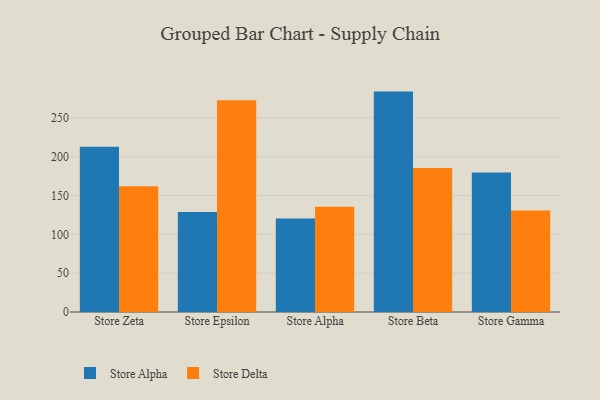
{"axis": {"x": "Store", "y": "Operating Costs (USD K)"}, "legend": ["Store Alpha", "Store Delta"], "data": [{"x": "Store Zeta", "y": 212.9, "type": "Store Alpha"}, {"x": "Store Zeta", "y": 162.0, "type": "Store Delta"}, {"x": "Store Epsilon", "y": 128.9, "type": "Store Alpha"}, {"x": "Store Epsilon", "y": 272.9, "type": "Store Delta"}, {"x": "Store Alpha", "y": 120.3, "type": "Store Alpha"}, {"x": "Store Alpha", "y": 135.6, "type": "Store Delta"}, {"x": "Store Beta", "y": 283.9, "type": "Store Alpha"}, {"x": "Store Beta", "y": 185.4, "type": "Store Delta"}, {"x": "Store Gamma", "y": 179.6, "type": "Store Alpha"}, {"x": "Store Gamma", "y": 130.8, "type": "Store Delta"}]}